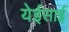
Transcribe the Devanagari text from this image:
येईसाई